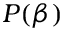
P ( \beta )